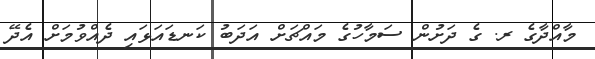
މާއްދާގެ ރ. ގެ ދަށުން ސަމާހުގެ މައްޗަށް އަދަބު ކަނޑައަޅައި ދެއްވުމަށް އެދޭ